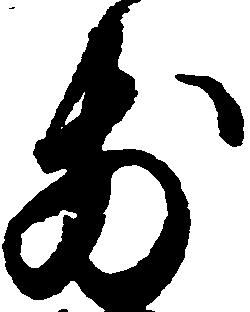
前